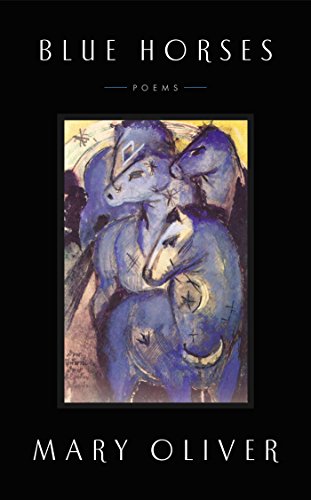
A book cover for Blue Horses: Poems; Mary Oliver; Literature & Fiction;